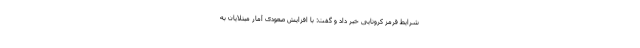
شرایط قرمز کرونایی خبر داد و گفت: با افزایش صعودی آمار مبتلایان به